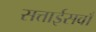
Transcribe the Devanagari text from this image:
सत्ताईसवाँ